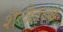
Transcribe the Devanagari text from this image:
शैलीतत्वां